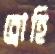
ব্রোহি